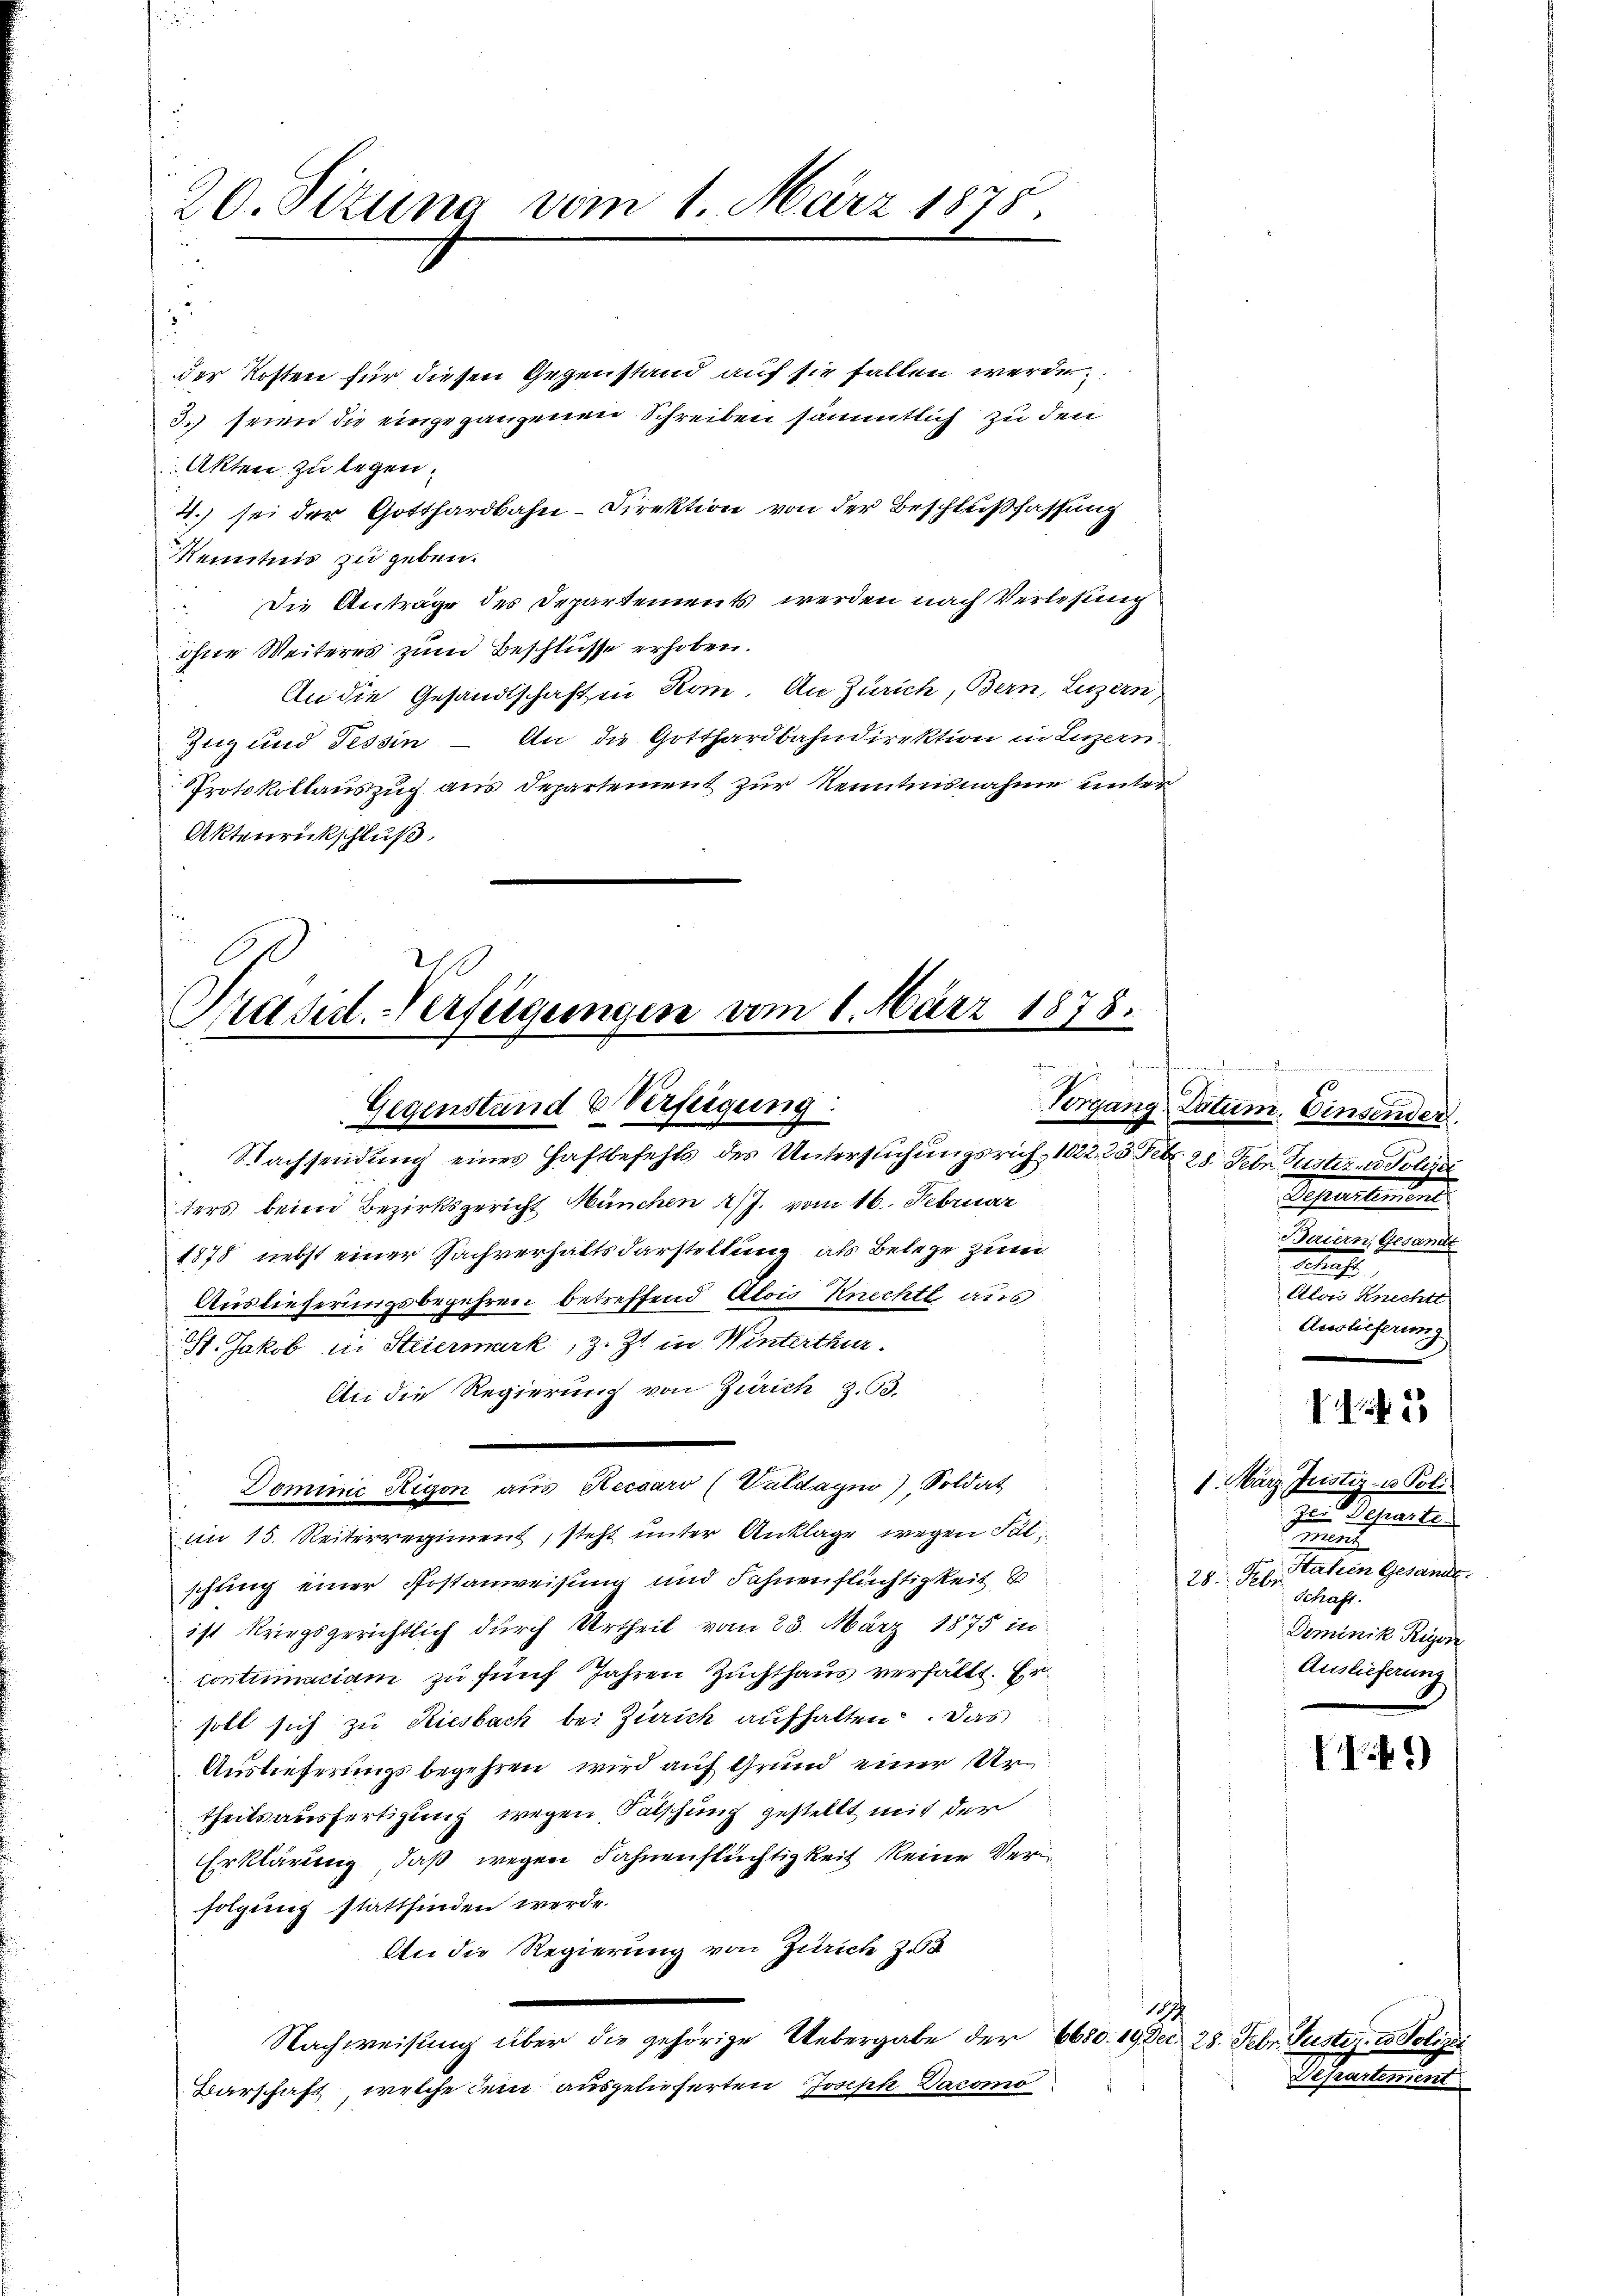
20. Situng vom 1. März 1875.

der Kosten für diesen Gegenstand auf sie fallen werde
3) seien die eingegangenen Schreiben sämmtlich zu den
Akten zu legen.
4.) sei der Gotthardbahn-Direktion von der Beschlußfassung
Kenntnis zu geben.
 Die Anträge des Departements werden nach Verlesung
ohne Weiteres zum Beschlüsse erhoben.
An die Gesandtschaften Kome. An Zürich, Bern, Luzern
Zug und Tessin – An die Gotthardbahndirektion in Luzern.
Protokollauszug aus Departement zur Kenntnisnahme unter
Aktenrückschluß:

Präsid. Verfügungen vom 1. März 1878.
A
Gegenstand Verfeigung:

Nachsendung eines Haftbefehls des Untersuchungsrich, 1822, 25 Febr. 28. Febr. Suster Polizei
ters beim Bezirksgericht München J. vom 16. Februar
1878 nebst einer Sachverhaltsdarstellung als Belege zum
Auslieferungsbegehren betreffend Alois Knechtl aus
St. Jakob in Steiermark, z. Zt. in Winterthur.
An die Regierung von Zürich z. 93.
Dominić Rigon aus Hecsaro (Valdagm) Soldat
am 15. Reiterregiment, steht unter Anklage wegen Fälschung einer Postanweisung und Fahnenflüchtigkeit 8 20. Feb. Galien Gesandte
ist kriegsgerichtlich durch Urtheil vom 23. März 1875 in
continaciam zu fünf Jahren Zuchthaus verhält. Er
solt sich zu Riesbach bei Zürich aufhalten. Das
Auslieferungsbegehren wird auf Grund einer Urtheilsausfertigung wegen Patschung gestellt mit der
Erklärung, daß wegen Fahnenstüchtigkeit keine Verfolgung stattfinden werde.
An die Regierung von Zürich z
179
Nachweisung über die gehörige Uebergabe der 6680. 19 Dei¬
Barschaft, welche dem ausgelieferten Joseph Dacomo

2
E
Vorgang Datum. Einsender
Schreibens
Baiern, Gesandt
Schaft
Alois Knechtl
Auslieferung

28. Febr. Guster, oder

14 f. 53

1. März Justiz- u Poli
zu Departe
u
Schaft.
Dominik Rigore
Auslieferung

49)

Departem